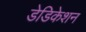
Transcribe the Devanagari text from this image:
डेडिकेशन